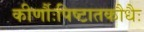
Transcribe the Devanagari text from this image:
कीर्णौःपिष्टातकौधैः